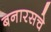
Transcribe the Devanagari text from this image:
बनारसचे